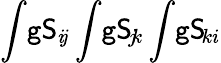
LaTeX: \int\! \mathtt{g}\mathsf{{S}}_{i\! j}\int\! \mathtt{g}\mathsf{{S}}_{\! j\! k}\int\! \mathtt{g}\mathsf{{S}}_{\! ki}